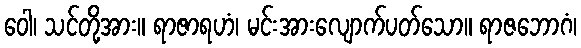
ဝေါ၊ သင်တို့အား။ ရာဇာရဟံ၊ မင်းအားလျောက်ပတ်သော။ ရာဇဘောဂံ၊